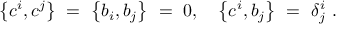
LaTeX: \left\{ c ^ { i } , c ^ { j } \right\} \ = \ \left\{ b _ { i } , b _ { j } \right\} \ = \ 0 , \quad \left\{ c ^ { i } , b _ { j } \right\} \ = \ \delta _ { j } ^ { i } \ .